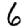
Digit: 6